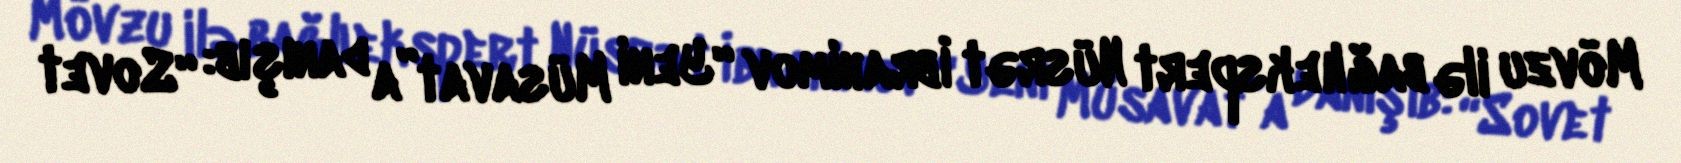
Mövzu ilə bağlı ekspert Nüsrət İbrahimov “Yeni Müsavat”a danışıb: “Sovet